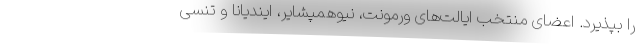
را بپذیرد. اعضای منتخب ایالت‌های ورمونت، نیوهمپشایر، ایندیانا و تنسی